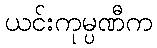
ယင်းကုမ္ပဏီက